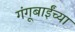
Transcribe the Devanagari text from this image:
गंगूबाईंच्या